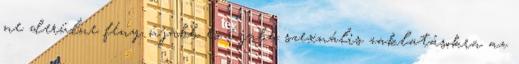
ne derülne fény újabb és újabb szexuális zaklatásokra az